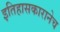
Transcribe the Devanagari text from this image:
इतिहासकारानेच